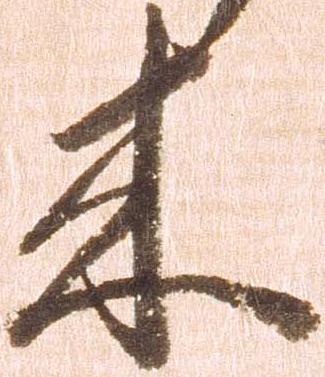
来